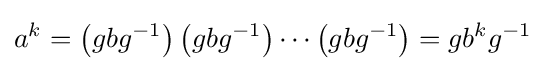
a^{k}=\left(gbg^{-1}\right)\left(gbg^{-1}\right)\cdots \left(gbg^{-1}\right)=gb^{k}g^{-1}